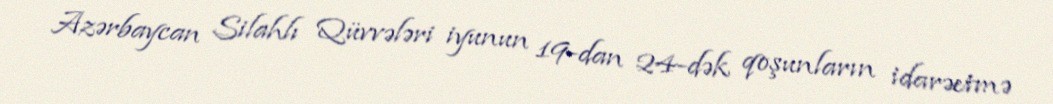
Azərbaycan Silahlı Qüvvələri iyunun 19-dan 24-dək qoşunların idarəetmə